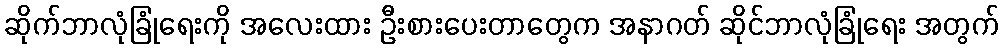
ဆိုက်ဘာလုံခြုံရေးကို အလေးထား ဦးစားပေးတာတွေက အနာဂတ် ဆိုင်ဘာလုံခြုံရေး အတွက်